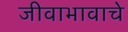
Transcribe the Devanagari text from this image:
जीवाभावाचे